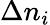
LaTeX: \Delta n_{i}